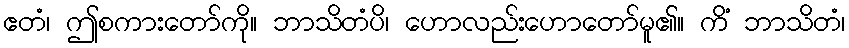
ဧတံ၊ ဤစကားတော်ကို။ ဘာသိတံပိ၊ ဟောလည်းဟောတော်မူ၏။ ကိံ ဘာသိတံ၊